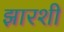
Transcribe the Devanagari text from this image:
झारशी